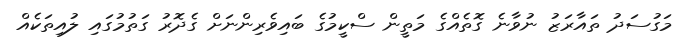
މަގުސަދު ތައާރަޒު ނުވާނެ ގޮތެއްގެ މަތީން ސްކީމުގެ ބައިވެރިންނަށް ގެދޮރު ގަތުމުގައި ލުއިތަކެއް